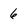
Character: 6